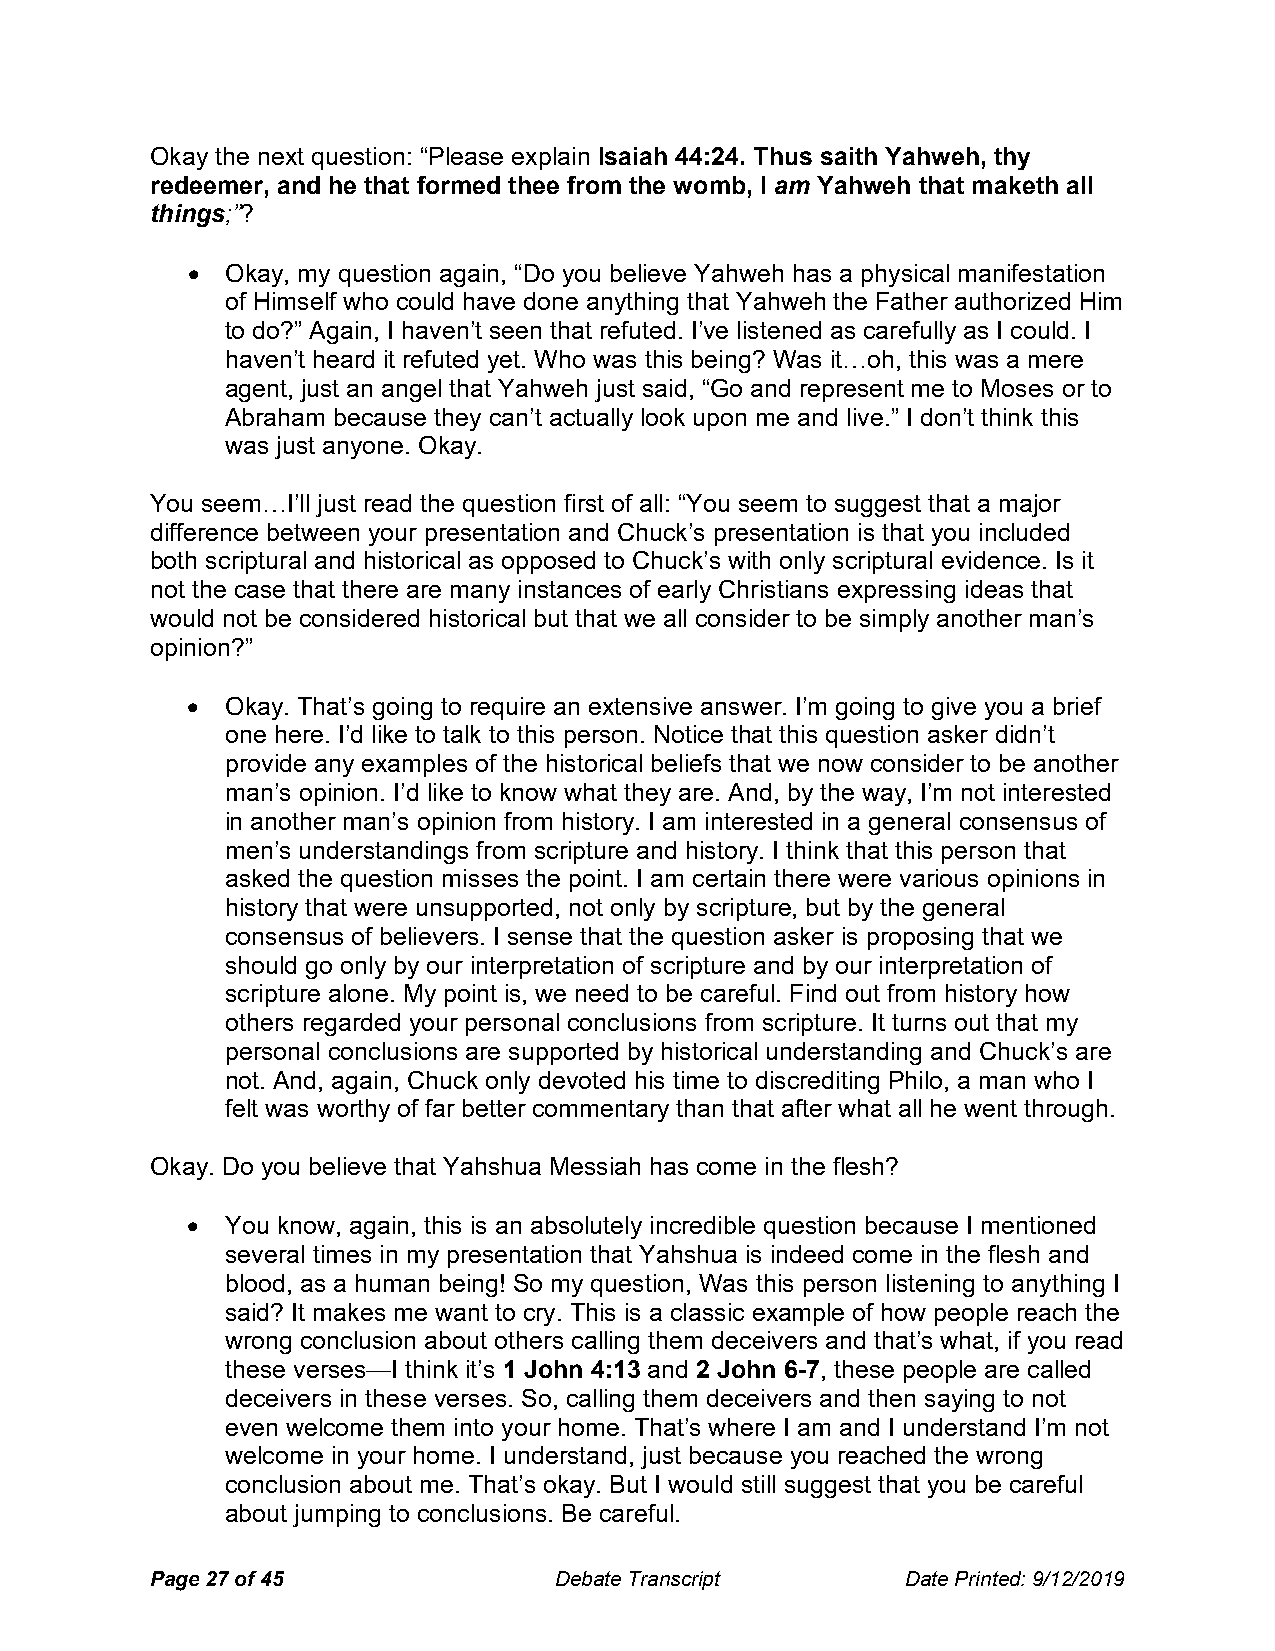
Okay the next question: “Please explain Isaiah 44:24. Thus saith Yahweh, thy
 redeemer, and he that formed thee from the womb, I am Yahweh that maketh all
 things;”?
   Okay, my question again, “Do you believe Yahweh has a physical manifestation
 of Himself who could have done anything that Yahweh the Father authorized Him
 to do?” Again, I haven’t seen that refuted. I’ve listened as carefully as I could. I
 haven’t heard it refuted yet. Who was this being? Was it…oh, this was a mere
 agent, just an angel that Yahweh just said, “Go and represent me to Moses or to
 Abraham because they can’t actually look upon me and live.” I don’t think this
 was just anyone. Okay.
 You seem…I’ll just read the question first of all: “You seem to suggest that a major
 difference between your presentation and Chuck’s presentation is that you included
 both scriptural and historical as opposed to Chuck’s with only scriptural evidence. Is it
 not the case that there are many instances of early Christians expressing ideas that
 would not be considered historical but that we all consider to be simply another man’s
 opinion?”
   Okay. That’s going to require an extensive answer. I’m going to give you a brief
 one here. I’d like to talk to this person. Notice that this question asker didn’t
 provide any examples of the historical beliefs that we now consider to be another
 man’s opinion. I’d like to know what they are. And, by the way, I’m not interested
 in another man’s opinion from history. I am interested in a general consensus of
 men’s understandings from scripture and history. I think that this person that
 asked the question misses the point. I am certain there were various opinions in
 history that were unsupported, not only by scripture, but by the general
 consensus of believers. I sense that the question asker is proposing that we
 should go only by our interpretation of scripture and by our interpretation of
 scripture alone. My point is, we need to be careful. Find out from history how
 others regarded your personal conclusions from scripture. It turns out that my
 personal conclusions are supported by historical understanding and Chuck’s are
 not. And, again, Chuck only devoted his time to discrediting Philo, a man who I
 felt was worthy of far better commentary than that after what all he went through.
 Okay. Do you believe that Yahshua Messiah has come in the flesh?
   You know, again, this is an absolutely incredible question because I mentioned
 several times in my presentation that Yahshua is indeed come in the flesh and
 blood, as a human being! So my question, Was this person listening to anything I
 said? It makes me want to cry. This is a classic example of how people reach the
 wrong conclusion about others calling them deceivers and that’s what, if you read
 these verses—I think it’s 1 John 4:13 and 2 John 6-7, these people are called
 deceivers in these verses. So, calling them deceivers and then saying to not
 even welcome them into your home. That’s where I am and I understand I’m not
 welcome in your home. I understand, just because you reached the wrong
 conclusion about me. That’s okay. But I would still suggest that you be careful
 about jumping to conclusions. Be careful.
 Page 27 of 45              Debate Transcript      Date Printed: 9/12/2019